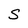
Character: S